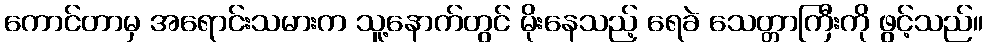
ကောင်တာမှ အရောင်းသမားက သူ့နောက်တွင် မိုးနေသည့် ရေခဲ သေတ္တာကြီးကို ဖွင့်သည်။